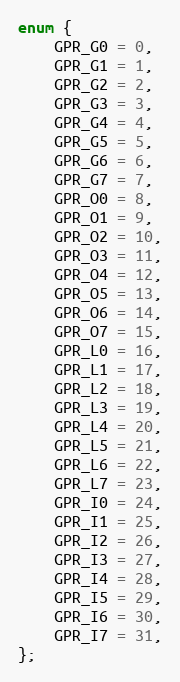
Language: C
enum {
	GPR_G0 = 0,
	GPR_G1 = 1,
	GPR_G2 = 2,
	GPR_G3 = 3,
	GPR_G4 = 4,
	GPR_G5 = 5,
	GPR_G6 = 6,
	GPR_G7 = 7,
	GPR_O0 = 8,
	GPR_O1 = 9,
	GPR_O2 = 10,
	GPR_O3 = 11,
	GPR_O4 = 12,
	GPR_O5 = 13,
	GPR_O6 = 14,
	GPR_O7 = 15,
	GPR_L0 = 16,
	GPR_L1 = 17,
	GPR_L2 = 18,
	GPR_L3 = 19,
	GPR_L4 = 20,
	GPR_L5 = 21,
	GPR_L6 = 22,
	GPR_L7 = 23,
	GPR_I0 = 24,
	GPR_I1 = 25,
	GPR_I2 = 26,
	GPR_I3 = 27,
	GPR_I4 = 28,
	GPR_I5 = 29,
	GPR_I6 = 30,
	GPR_I7 = 31,
};